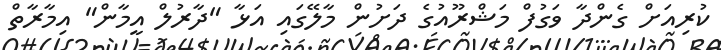
ކުރިއަށް ގެންދާ ވަގުފް މަޝްރޫއުގެ ދަށުން މާލޭގައި އަޅާ "ދާރުލް އީމާން" އިމާރާތް